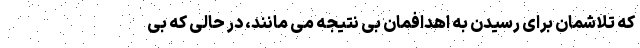
که تلاشمان برای رسیدن به اهدافمان بی نتیجه می مانند، در حالی که بی